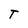
Character: T